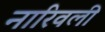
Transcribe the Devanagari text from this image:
नारिवली